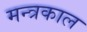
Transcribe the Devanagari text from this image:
मन्त्रकाल